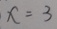
x = 3